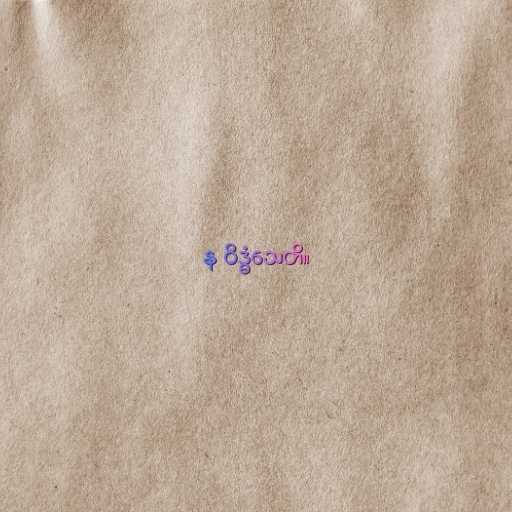
န ဝိဒ္ဓံသေတိ။